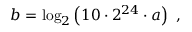
b = \log _ { 2 } \left( 1 0 \cdot 2 ^ { 2 4 } \cdot a \right) \ ,